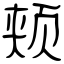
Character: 颊